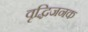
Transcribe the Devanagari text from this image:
वृद्धिजनक